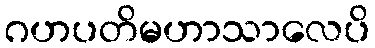
ဂဟပတိမဟာသာလေပိ